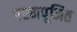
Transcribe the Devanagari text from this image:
परमपूजित